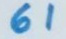
61